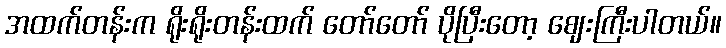
အထက်တန်းက ရိုးရိုးတန်းထက် တော်တော် ပိုပြီးတော့ ဈေးကြီးပါတယ်။